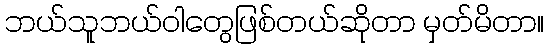
ဘယ်သူဘယ်ဝါတွေဖြစ်တယ်ဆိုတာ မှတ်မိတာ။